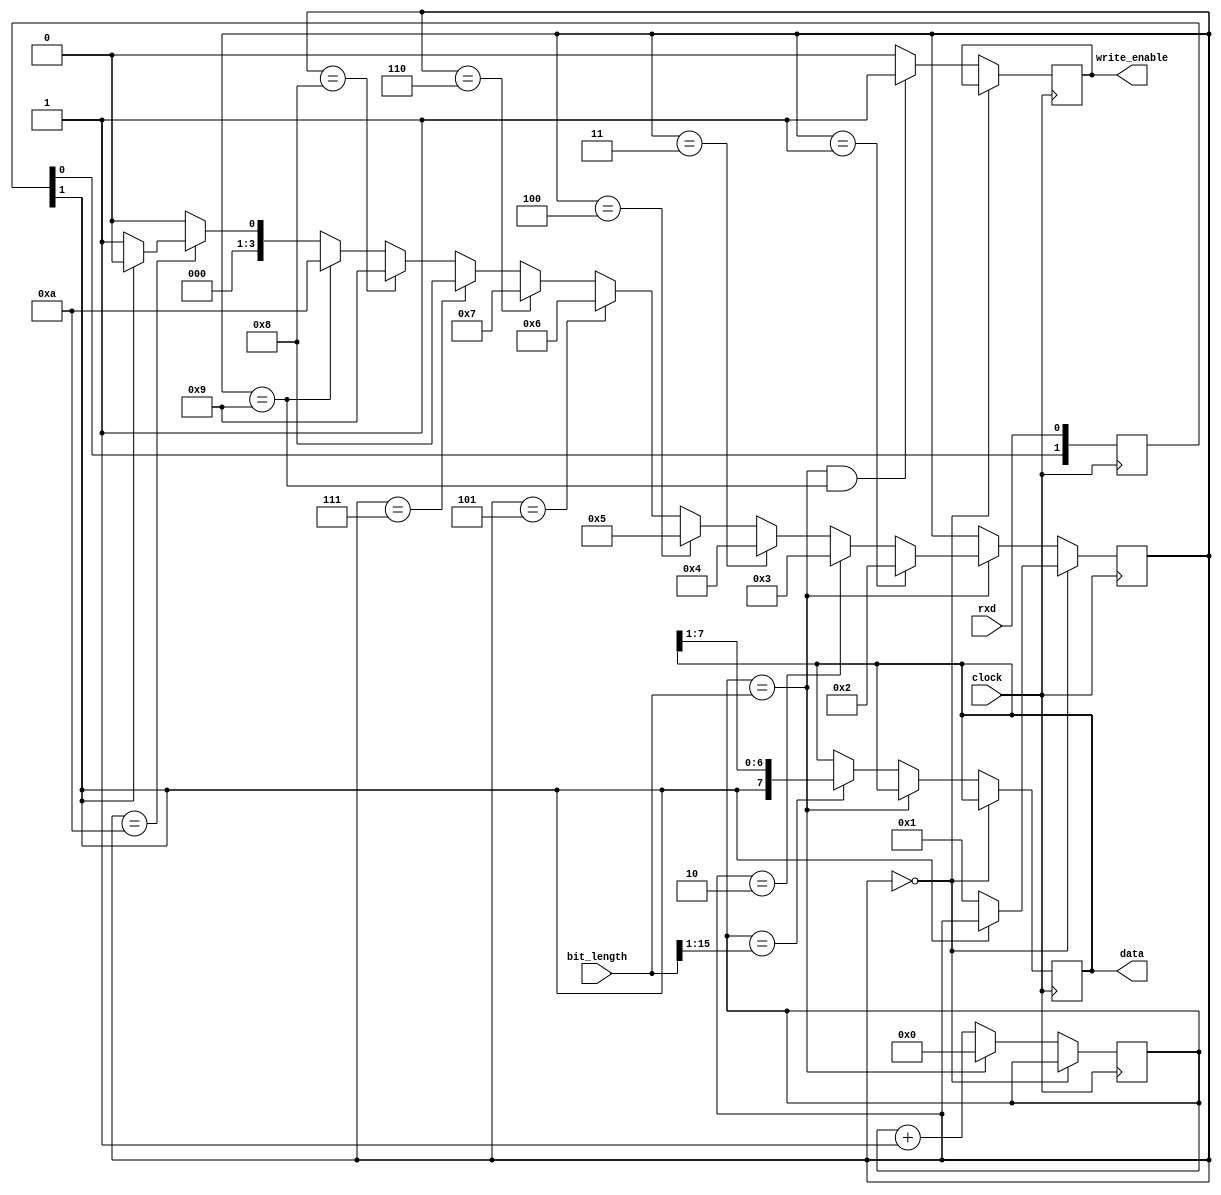
//    Copyright (C) 2014  Piotr Wiszowaty
//
//    This program is free software: you can redistribute it and/or modify
//    it under the terms of the GNU General Public License as published by
//    the Free Software Foundation, either version 3 of the License, or
//    (at your option) any later version.
//  
//    This program is distributed in the hope that it will be useful,
//    but WITHOUT ANY WARRANTY; without even the implied warranty of
//    MERCHANTABILITY or FITNESS FOR A PARTICULAR PURPOSE.  See the
//    GNU General Public License for more details.
//
//    You should have received a copy of the GNU General Public License
//    along with this program.  If not, see <http://www.gnu.org/licenses/>.

`timescale 1ns / 1ps
module uart_rx(clock, rxd, data, write_enable, bit_length);

parameter BIT_LENGTH_WIDTH = 16;

parameter IDLE  = 4'd0;
parameter START = 4'd1;
parameter BIT0  = 4'd2;
parameter BIT1  = 4'd3;
parameter BIT2  = 4'd4;
parameter BIT3  = 4'd5;
parameter BIT4  = 4'd6;
parameter BIT5  = 4'd7;
parameter BIT6  = 4'd8;
parameter BIT7  = 4'd9;
parameter STOP  = 4'd10;

input clock;
input rxd;
output reg [7:0] data = 8'b00;
output reg write_enable = 1'b0;
input [BIT_LENGTH_WIDTH-1:0] bit_length;    // number of clock periods per bit minus 1

reg [1:0] rxd_rr = 2'b11;

reg [3:0] state = IDLE;
reg [BIT_LENGTH_WIDTH-1:0] bit_time = 0;
wire end_bit = bit_time == bit_length;
wire half_bit = bit_time == {1'b0, bit_length[BIT_LENGTH_WIDTH-1:1]};

always @(posedge clock) begin
    rxd_rr <= {rxd_rr[0], rxd};

    if (state == IDLE) begin
        if (~rxd_rr[1]) state <= START;
    end
    else begin
        if (end_bit) begin
            if (state == START) state <= BIT0;
            else if (state == BIT0) state <= BIT1;
            else if (state == BIT1) state <= BIT2;
            else if (state == BIT2) state <= BIT3;
            else if (state == BIT3) state <= BIT4;
            else if (state == BIT4) state <= BIT5;
            else if (state == BIT5) state <= BIT6;
            else if (state == BIT6) state <= BIT7;
            else if (state == BIT7) state <= STOP;
            else if (state == STOP)
                if (~rxd_rr[1]) state <= START;
                else state <= IDLE;
            else state <= IDLE;
        end
        else if (half_bit) begin
            data <= {rxd_rr[1], data[7:1]};
        end

        if (end_bit & (state == BIT7)) begin
            write_enable <= 1'b1;
        end
        else begin
            write_enable <= 1'b0;
        end

        if (end_bit) begin
            bit_time <= 0;
        end
        else begin
            bit_time <= bit_time + 1'b1;
        end
    end
end

endmodule